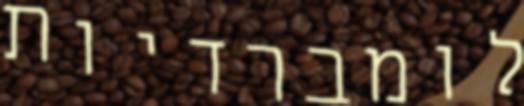
לומברדיות